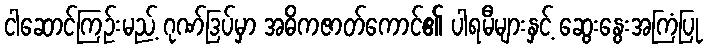
ငါဆောင်ကြဉ်းမည့် ဂုဏ်ဒြပ်မှာ အဓိကဇာတ်ကောင်၏ ပါရမီများနှင့် ဆွေးနွေးအကြံပြု